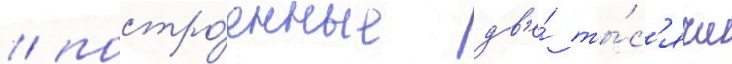
/ постро́енные дв'е́ ты́с'ячи